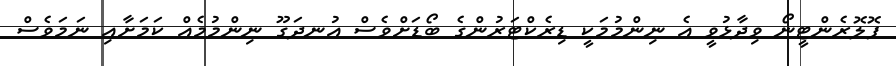
ފޮލޮރެންޓީނޯ ވިދާޅުވީ އެ ނިންމުމަކީ ޑިރެކްޓަރުންގެ ބޯޑަށްވެސް އުނދަގޫ ނިންމުމެއް ކަމަށާއި ނަމަވެސް